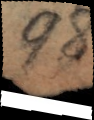
98